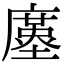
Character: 𢋓